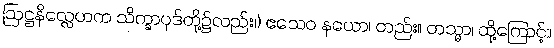
ဩဋ္ဌနိလ္လေဟက သိက္ခာပုဒ်တို့၌လည်း၊) ဧသေဝ နယော၊ တည်း။ တသ္မာ၊ ထို့ကြောင့်။